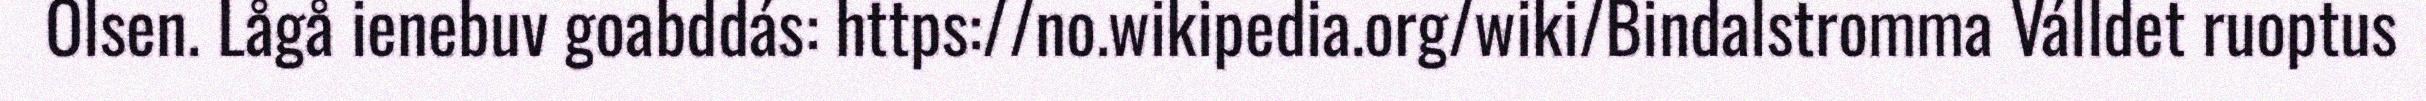
Olsen. Lågå ienebuv goabddás: https://no.wikipedia.org/wiki/Bindalstromma Válldet ruoptus